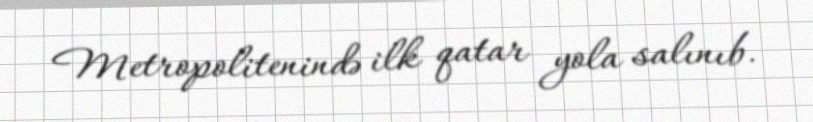
Metropolitenində ilk qatar yola salınıb.